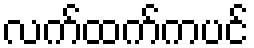
လက်ထက်ကပင်